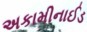
અકામીનાઈડ